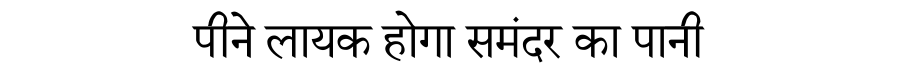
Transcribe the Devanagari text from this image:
पीने लायक होगा समंदर का पानी